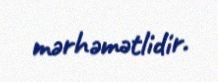
mərhəmətlidir.